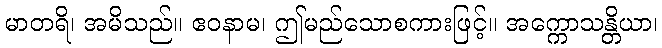
မာတရိ၊ အမိသည်။ ဧဝနာမ၊ ဤမည်သောစကားဖြင့်။ အက္ကောသန္တိယာ၊